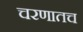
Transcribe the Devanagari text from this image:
चरणातच